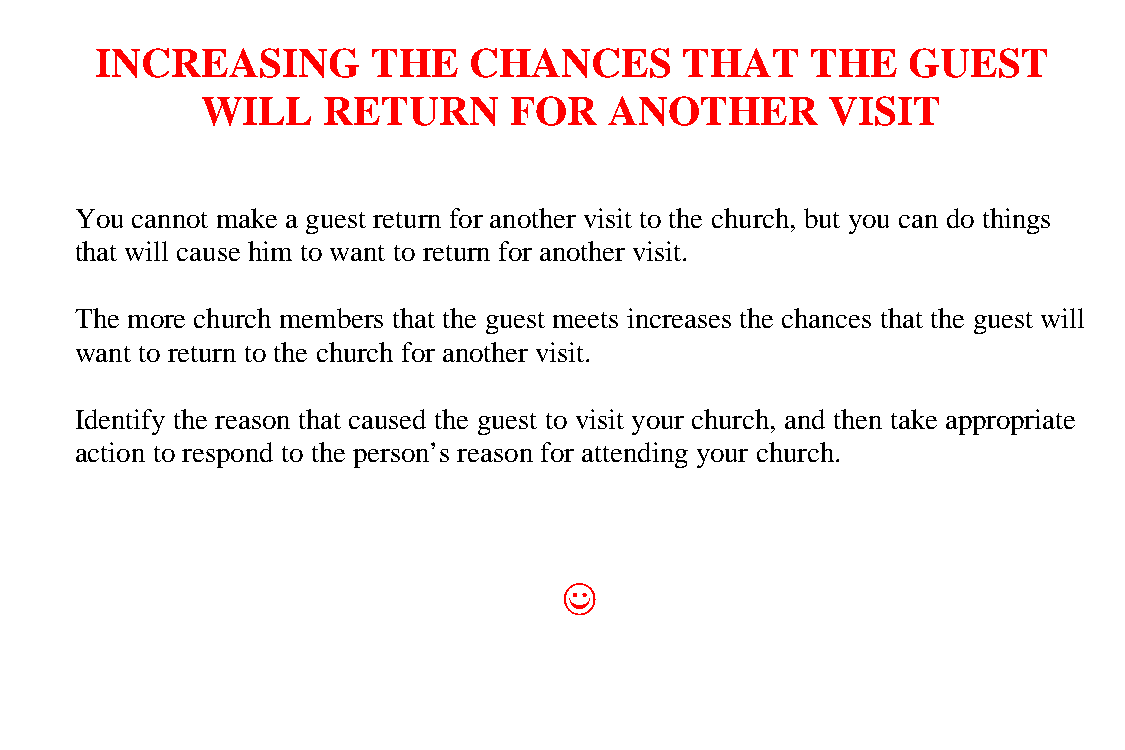
INCREASING         THE   CHANCES       THAT     THE   GUEST
 WILL    RETURN       FOR   ANOTHER        VISIT
 You cannot make a guest return for another visit to the church, but you can do things
 that will cause him to want to return for another visit.
 The more church members that the guest meets increases the chances that the guest will
 want to return to the church for another visit.
 Identify the reason that caused the guest to visit your church, and then take appropriate
 action to respond to the person’s reason for attending your church.
 ((